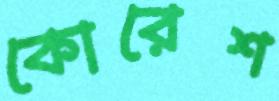
কোরেশ